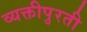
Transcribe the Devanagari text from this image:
व्यक्तीपुरती